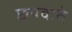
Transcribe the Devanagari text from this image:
छपवाते